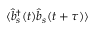
\langle { \hat { b } } _ { s } ^ { \dagger } ( t ) { \hat { b } } _ { s } ( t + \tau ) \rangle